Scientific memoirs by medical officers of the Army of India - Part V,
Year: 1890
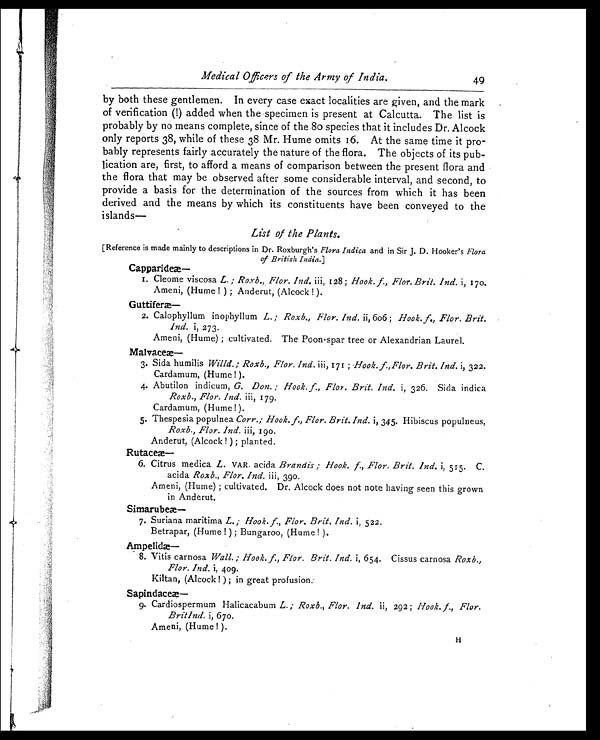
Medical Officers of the Army of India.
49
by both these gentlemen. In every case exact localities are given, and the mark
of verification (!) added when the specimen is present at Calcutta. The list is
probably by no means complete, since of the 80 species that it includes Dr. Alcock
only reports 38, while of these 38 Mr. Hume omits 16. At the same time it pro
-
bably represents fairly accurately the nature of the flora. The objects of its pub
-
lication are, first, to afford a means of comparison between the present flora and
the flora that may be observed after some considerable interval, and second, to
provide a basis for the determination of the sources from which it has been
derived and the means by which its constituents have been conveyed to the
islands—
List of the Plants.
[Reference is made mainly to descriptions in Dr. Roxburgh's Flora Indica and in Sir J. D. Hooker's Flora
of British India. ]
Capparide æ—
1 . C l e o m e v i s c o s a L . ; R o x b . , F l o r . I n d . i i i , 1 2 8 ; H o o k . f . , F l o r . B r i t . I n d . i , 1 7 0 .
Ameni, (Hume!); Anderut, (Alcock!).
Guttifer æ—
2 . C a l o p h y l l u m i n o p h y l l u mL
. ; R o x b . , F l o r . I n d .
i i , 6 0 6 ;
H o o k . f . , F l o r . B r i t .
Ind. i, 273.
Ameni, (Hume); cultivated. The Poon-spar tree or Alexandrian Laurel.
Malvace æ—
3 . S i d a h u m i l i s
W i l l d . ; R o x b . , F l o r . I n d .
i i i , 1 7 1 ;
H o o k . f . , F l o r . B r i t . I n d .
i , 3 2 2 .
Cardamum, (Hume!).
4 . A b u t i l o n i n d i c u m ,
G . D o n . ; H o o k . f . , F l o r . B r i t . I n d ,i
, 3 2 6 . S i d a i n d i c a
Roxb., Flor. Ind. iii, 179.
Cardamum, (Hume!).
5 . T h e s p e s i a p o p u l n e a
C o r r . ; H o o k . f . , F l o r . B r i t . I n d .
i , 3 4 5 . H i b i s c u s p o p u l n e u s ,
Roxb., Flor. Ind. iii, 190.
Anderut, (Alcock!); planted.
Rutace æ—
6 . C i t r u s m e d i c a .
L .
V A R . a c i d a
B r a n d i s ; H o o k . f . , F l o r . B r i t . I n d .i
, 5 1 5 . C .
acida Roxb., Flor. Ind. iii, 390.
Ameni, (Hume); cultivated. Dr. Alcock does not note having seen this grown
in Anderut.
Simarube æ—
7 . S u r i a n a m a r i t i m a L . ; H o o k . f . , F l o r . B r i t , I n d . i , 5 2 2 .
Betrapar, (Hume!); Bungaroo, (Hume!).
Ampelid æ—
8 . V i t i s c a r n o s a
W a l l . ; H o o k . f . , F l o r . B r i t . I n d .i
, 6 5 4 . C i s s u s c a r n o s a
R o x b . ,
Flor. Ind. i, 409.
Kiltan, (Alcock!); in great profusion.
Sapindace æ—
9 . C a r d i o s p e r m u m H a l i c a c a b u m L . ; R o x b . , F l o r . I n d . i i , 2 9 2 ; H o o k . f . , F l o r .
Britlnd. i, 670.
Ameni, (Hume!).
H